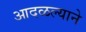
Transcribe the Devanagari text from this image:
आदळल्याने